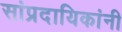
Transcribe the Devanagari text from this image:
सांप्रदायिकांनी